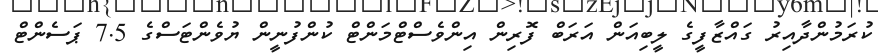
ކުރަމުންދާއިރު ގައްޒާފީގެ ލީބިއަން އަރަބް ފޮރިން އިންވެސްޓްމަންޓް ކުންފުނީން ޔުވެންޓަސްގެ 7.5 ޕަސެންޓް